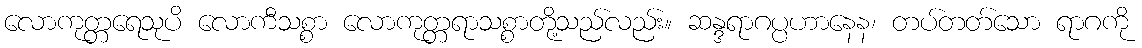
လောကုတ္တရေသုပိ လောကီသစ္စာ လောကုတ္တရာသစ္စာတို့သည်လည်း။ ဆန္ဒရာဂပ္ပဟာနေန၊ တပ်တတ်သော ရာဂကို